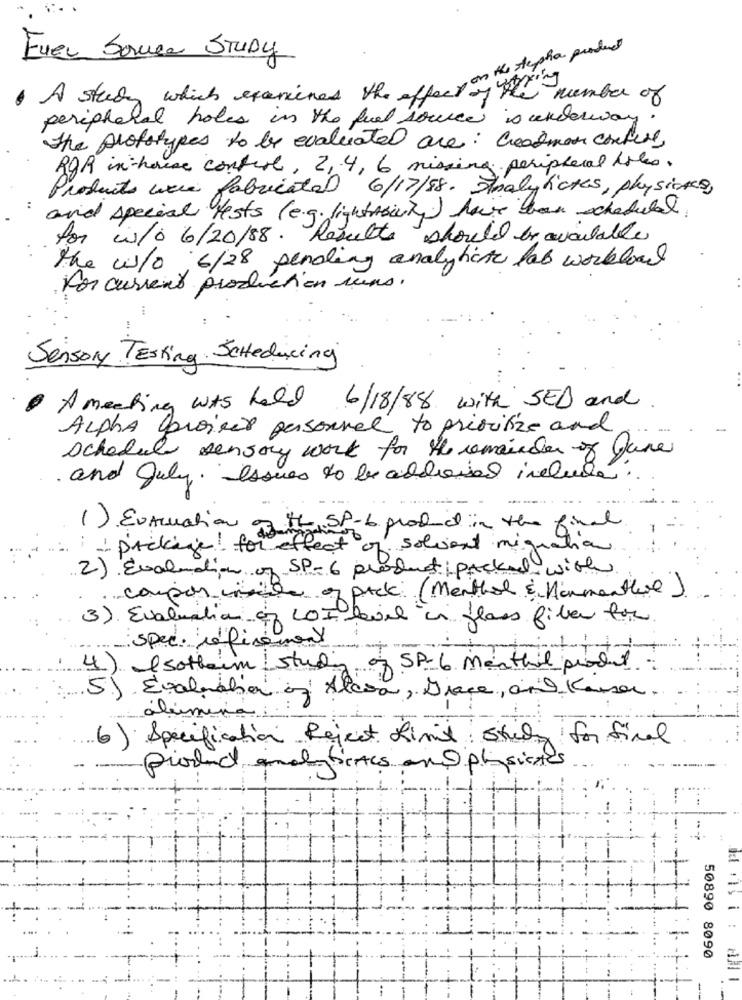
Ever Souce STUDY
A study which examined the In on the stephan product
by the number of
peripheral holes in the fuel source is underway
The prototypes to be evaluated are: Greatmen confuse
ROR in- house control, 2,4, 6 missing peripheral boles.
Products were fabricated 6/17/88. Analytickes, physics,
and special tests ( e.g. lighttouchy) have been scheduled
for is/0 6/20/88. Results should be available
the w/0 6/28 pending analytical fab workload
Por current production runs.
Sensor Testing Scheduling
· A meeting was held 6/18/88 with SED and
Alpha Croiser personnel to prioritize and
schedule sensory work for the remainder of June
and July. Issues to be addinsel include
1) Evaluation of the SP-6 product in the final
package! for effect of solvent migration
2) Evaluation of SP-6 product packed with
compon side of pack (Menthol & Harmanthe)
3). Evaluation of LOI level in glass fiber for
spec. refinement
+1
4) I sotheim studing
of SP- 6 meathil produt
5.). Evaluation of Alcoa, Drace, and Kanser.
alúmina:
6) Specification Reject Limit study for final
product analyticacs and physics
50890 8090